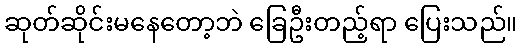
ဆုတ်ဆိုင်းမနေတော့ဘဲ ခြေဦးတည့်ရာ ပြေးသည်။